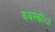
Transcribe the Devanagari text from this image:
वयस्कोंा